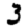
Digit: 3